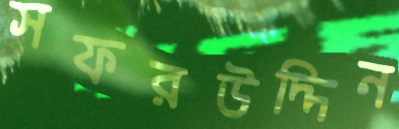
সফরউদ্দিন